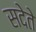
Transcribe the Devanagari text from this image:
सदेते